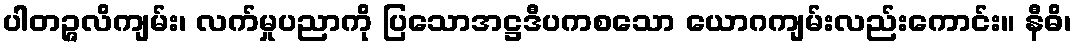
ပါတဉ္ဇလိကျမ်း၊ လက်မှုပညာကို ပြသောအဋ္ဌဒီပကစသော ယောဂကျမ်းလည်းကောင်း။ နီဓိ၊